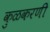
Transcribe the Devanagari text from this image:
कुळकरणी